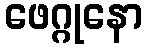
ဖေဂ္ဂုနော